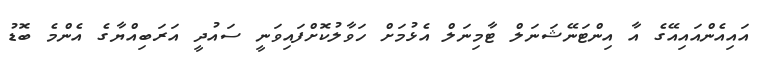
އައިއެންއައިއޭގެ އާ އިންޓަނޭޝަނަލް ޓާމިނަލް އެޅުމަށް ހަވާލުކޮށްފައިވަނީ ސައުދީ އަރަބިއްޔާގެ އެންމެ ބޮޑު